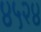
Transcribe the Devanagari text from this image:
४५२४